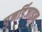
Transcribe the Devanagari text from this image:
पुनर्डिजाइन